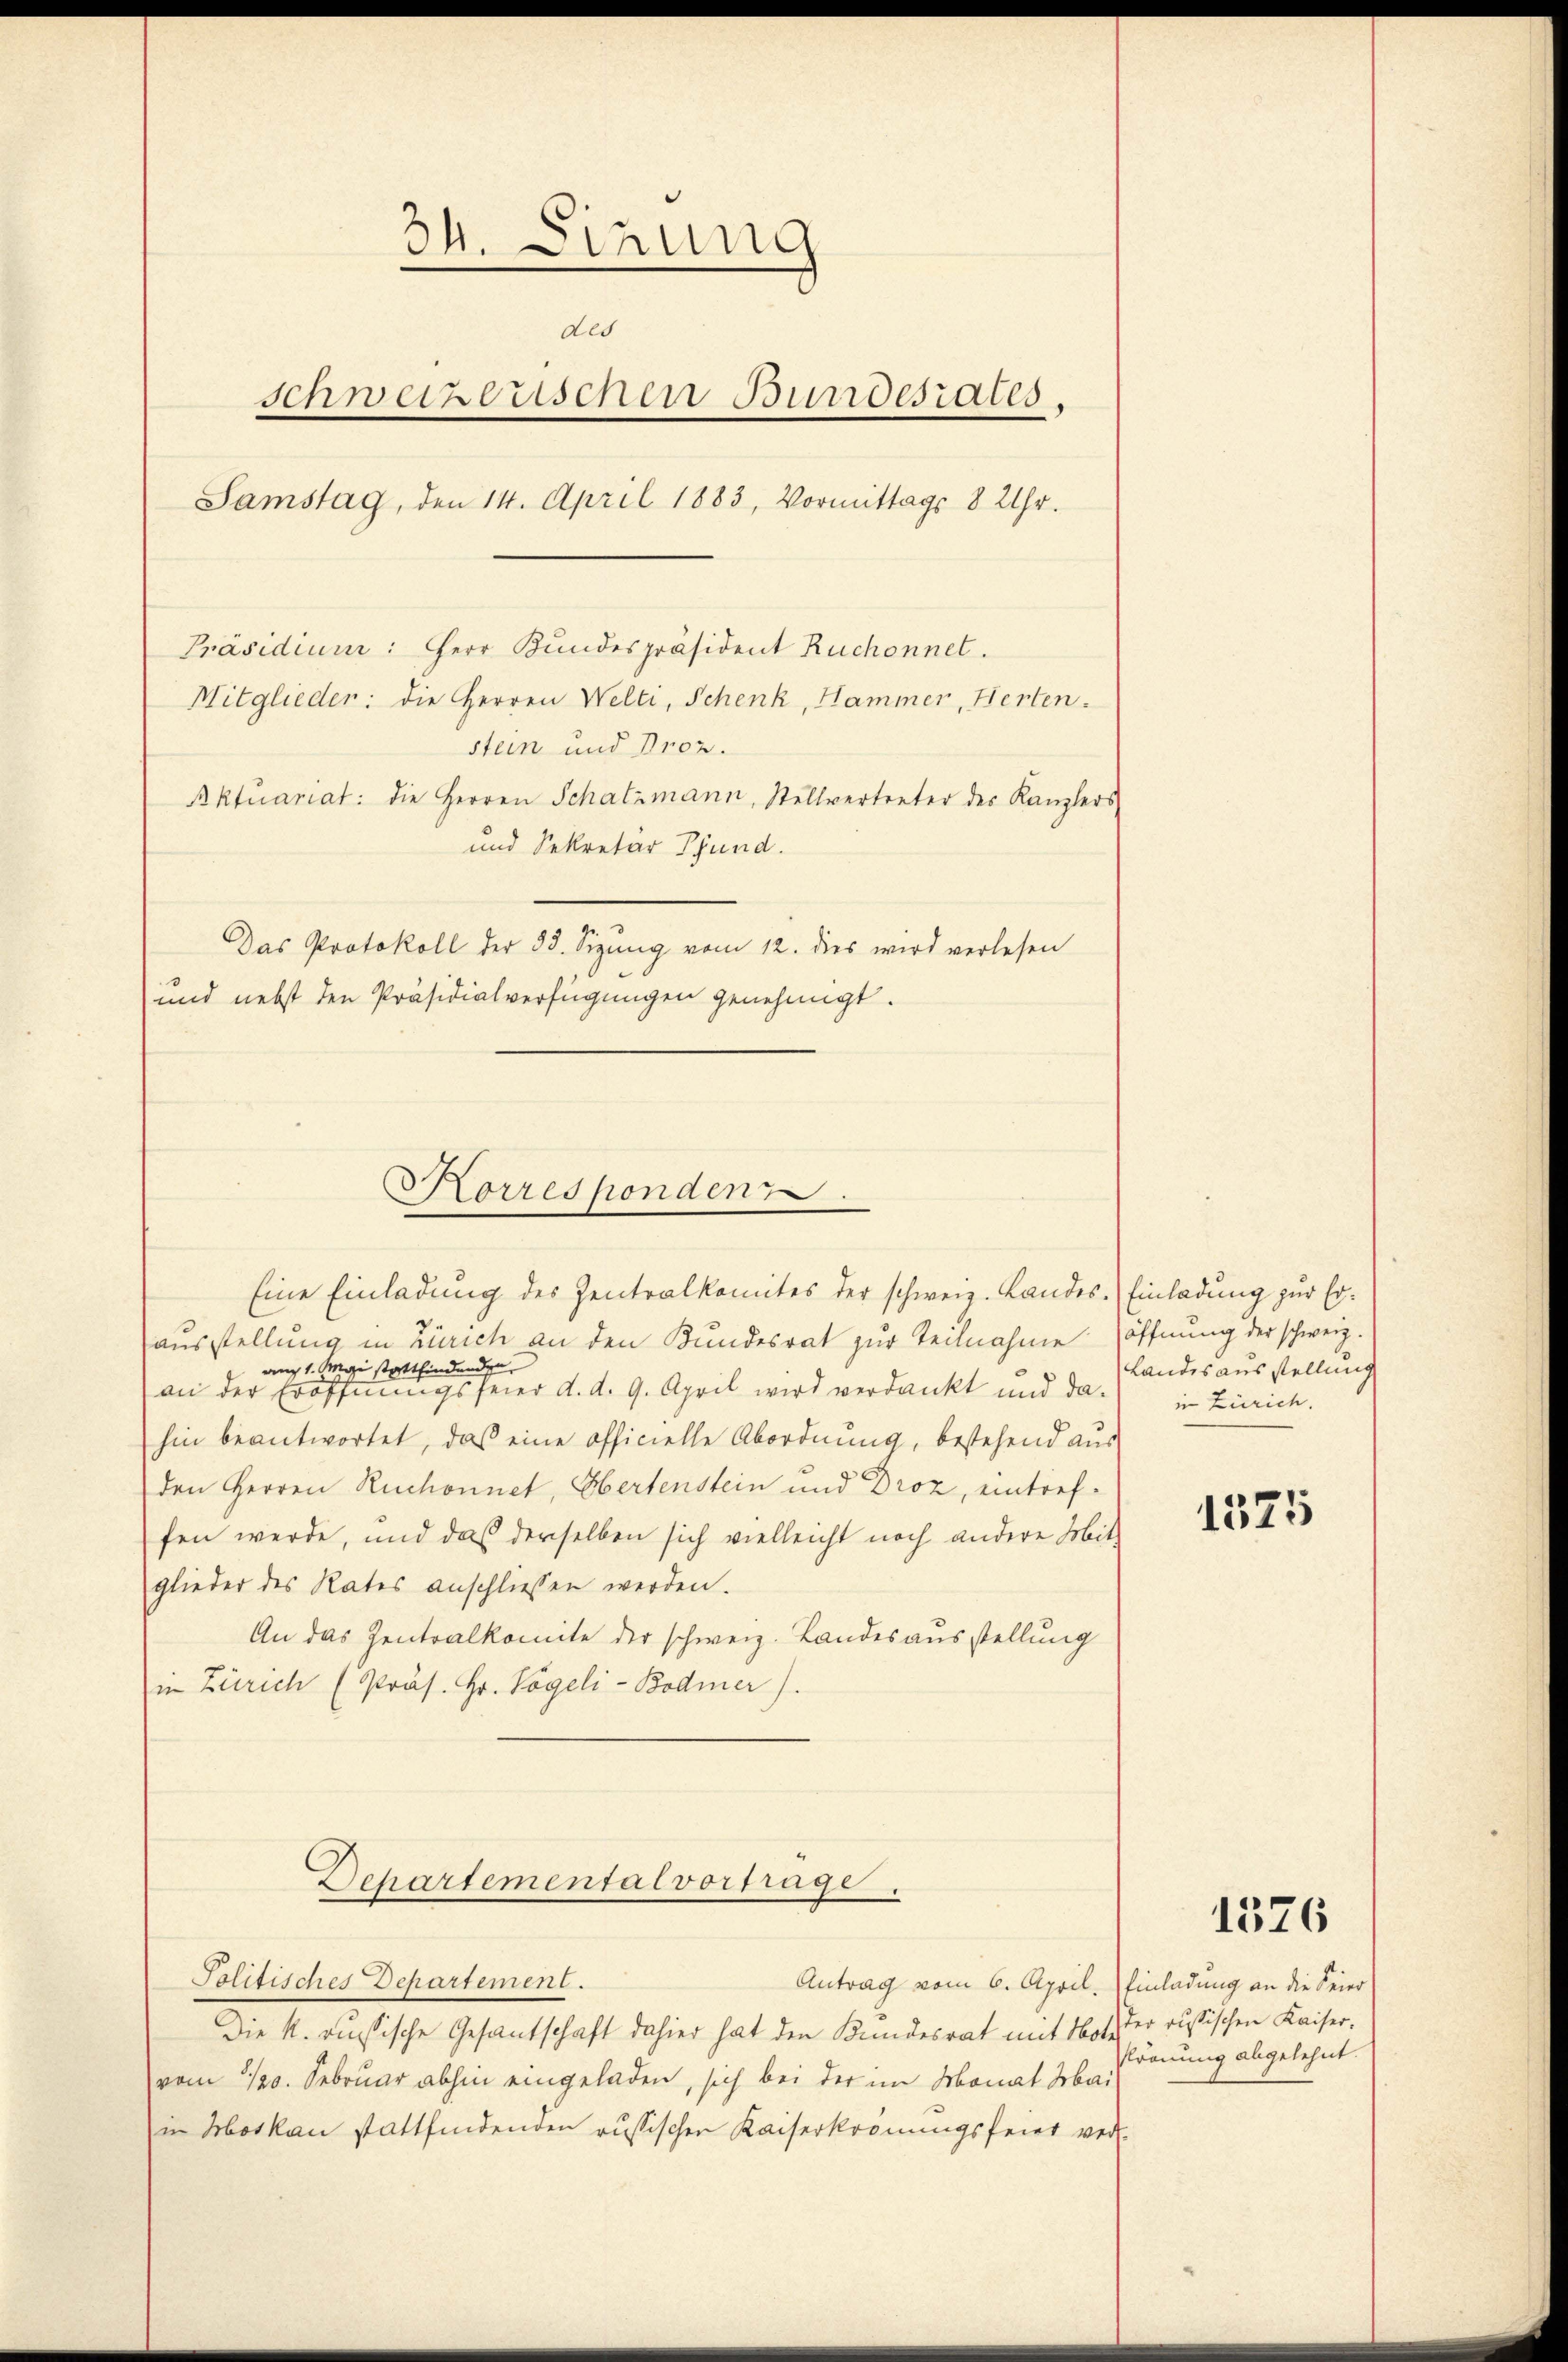
34. Sinung
des
schweizerischen Bundesrates.
Samstag, den 14. April 1883, Vormittags 8 Uhr.
Präsidium: Herr Bundespräsident Ruchonnet.
Mitglieder: die Herren Welti, Schenk, Hammer, Herten.
stein und Proz.
Bktuariat: die Herren Schatzmann, Stellvertreter des Kanzlers
und Sekretär Pfund.
Das Protokoll der 33. Sizung vom 12. dies wird verlesen
und nebst den Präsidialverfügungen genehmigt.

Korresponden.

Eine Einladung des Zentralkomites der schweiz. Landes-Einladung zur Erausstellung in Zürich an den Kundesrat zur Teilnahme (öffnung der schweiz.
ang 1. Mai stattfindenden
an der Eröffnungsfeier d. d. 9. April wird verdankt und dahin beantwortet, daß eine officielle Abordnung, bestehend aus
den Herren Ruchonnet, Obertenstein und Droz, eintreffen werde, und daß derselben sich vielleicht noch andere Mit-
glieder des Rates anschliessen werden.
An das Zentralkomite der schweiz. Landesausstellung
in Zürich (Präs. Hr. Vögeli-Bodmer).

Departemental vortrage.

Jolitisches Departement.
Die k. russische Gesandschaft dahier hat den Bundesrat mit Notz der russischen Kaiservom 1/20. Februar abhin eingeladen, sich bei der im Monat Mai
in Moskau stattfindenden russischen Kaiserkrönungsfeier ver-

Antrag vom 6. April. Einladung an die Seier

Landesausstellung
in Zürich.

1325

Pronung abgelehnt.

1526